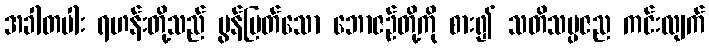
အခါတပါး ရဟန်းတို့သည် မွန်မြတ်သော ဘောဇဉ်တို့ကို စား၍ သတိသမ္ပဇည ကင်းလျက်